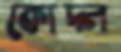
কোদ্‌ল